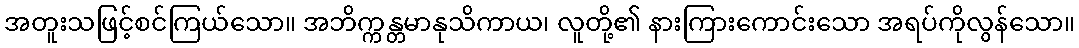
အတူးသဖြင့်စင်ကြယ်သော။ အဘိက္ကန္တမာနုသိကာယ၊ လူတို့၏ နားကြားကောင်းသော အရပ်ကိုလွန်သော။